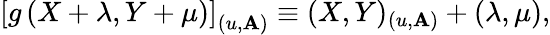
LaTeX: \left[g\left(X+\lambda,Y+\mu\right)\right]_{(u,\mathbf{A})}\equiv(X,Y)_{(u,\mathbf{A})}+(\lambda,\mu),